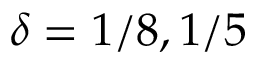
\delta = 1 / 8 , 1 / 5